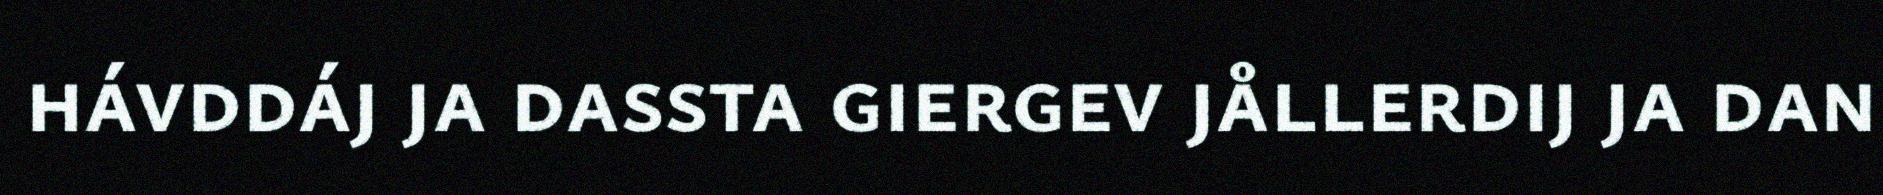
hávddáj ja dassta giergev jållerdij ja dan